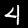
Label: 4